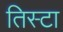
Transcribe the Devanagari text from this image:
तिस्टा